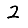
Digit: 2